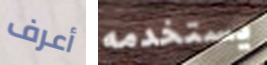
أعرف يستخدمه